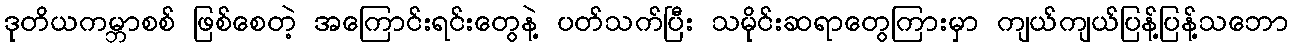
ဒုတိယကမ္ဘာစစ် ဖြစ်စေတဲ့ အကြောင်းရင်းတွေနဲ့ ပတ်သက်ပြီး သမိုင်းဆရာတွေကြားမှာ ကျယ်ကျယ်ပြန့်ပြန့်သဘော